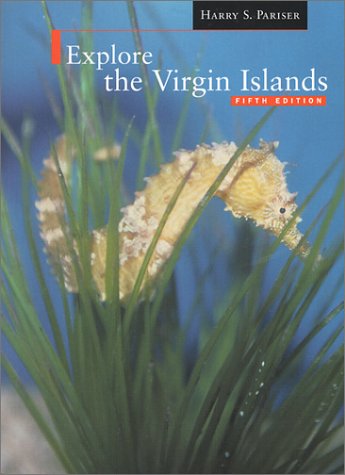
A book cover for Explore the Virgin Islands Fifth Edition; Harry S. Pariser; Travel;